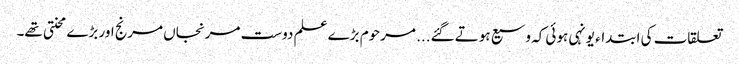
تعلقات کی ابتداء یونہی ہوئی کہ وسیع ہوتے گئے... مرحوم بڑے علم دوست مرنجاں مرنج اور بڑے محنتی تھے۔